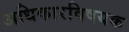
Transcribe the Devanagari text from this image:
अधिकारविषयक